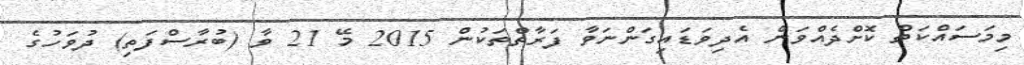
މިމަސައްކަތް ކޮށްދެއްވަން އެދިވަޑައިގަންނަވާ ފަރާތްތަކުން 2015 މޭ 21 ވާ (ބުރާސްފަތި) ދުވަހުގެ